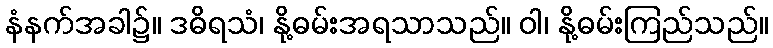
နံနက်အခါ၌။ ဒဓိရသံ၊ နို့ဓမ်းအရသာသည်။ ဝါ၊ နို့ဓမ်းကြည်သည်။